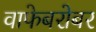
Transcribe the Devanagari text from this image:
वाफेबरोबर